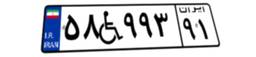
۵۸W۹۹۳۹۱